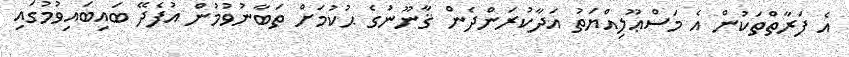
އެ ފަރާތްތަކުން އެ މަސްޢޫލިއްޔަތު އަދާކުރަންދެން ޤާނޫނުގެ ޙުކުމަށް ތަބާނުވުމުން އުފެދޭ ބައިބައިވުމުގައި